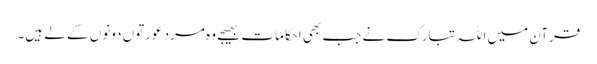
قرآن میں اللہ تبارک نے جب بھی احکامات بھیجے وہ مرد عورتوں دونوں کے لے ہیں۔